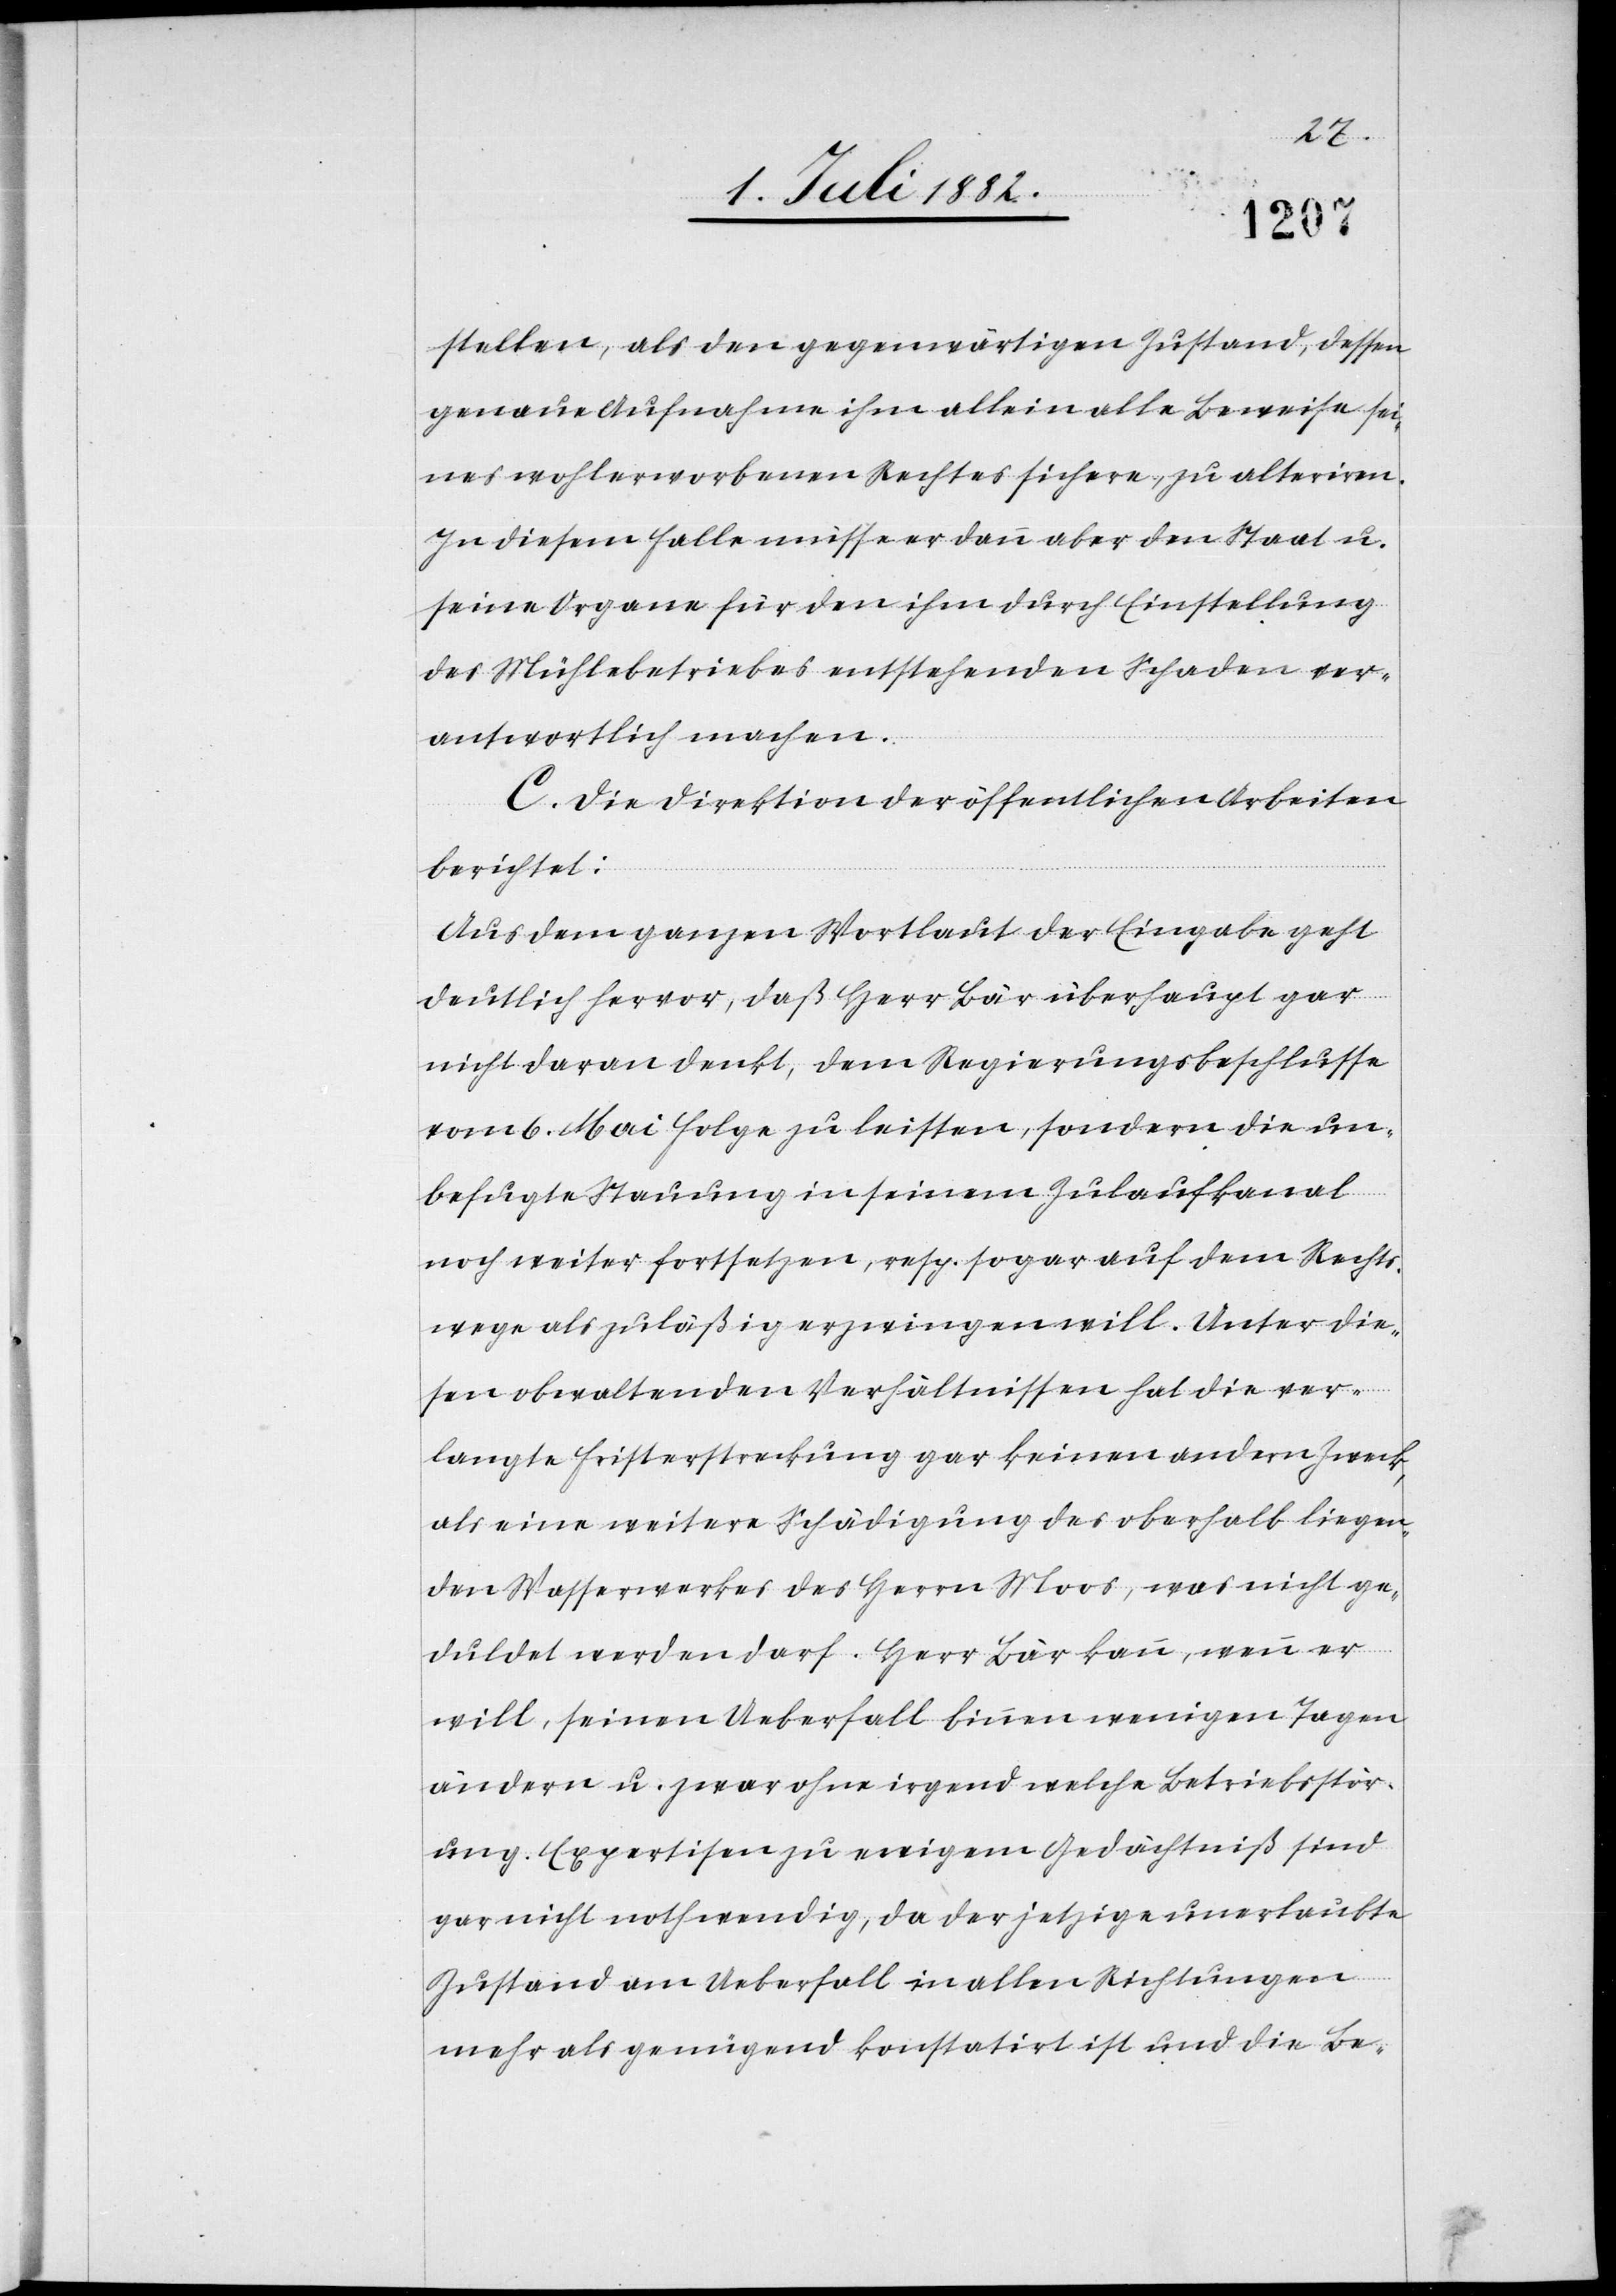
stellen, als den gegenwärtigen Zustand, dessen
genaue Aufnahme ihm allein alle Beweise sei¬
nes wohlerworbenen Rechtes sichere, zu alteriren.
In diesem Falle müsse er dann aber den Staat u.
seine Organe für den durch Einstellung
des Mühlebetriebes entstehenden Schaden ver¬
antwortlich machen.
C. Die Direktion der öffentlichen Arbeiten
berichtet:
Aus dem ganzen Wortlaut der Eingabe geht
deutlich hervor, daß Herr Bär überhaupt gar
nicht daran denkt, dem Regierungsbeschlusse
vom 6. Mai Folge zu leisten, sondern die un¬
befugte Stauung in seinem Zulaufkanal
noch weiter fortsetzen, resp. sogar auf dem Rechts¬
wege als zuläßig erzwingen will. Unter die¬
sen obwaltenden Verhältnissen hat die ver¬
langte Fristerstreckung gar keinen andern Zweck,
als eine weitere Schädigung des oberhalb liegen¬
den Wasserwerkes des Herrn Moos, was nicht ge¬
duldet werden darf. Herr Bär kann, wenn er
will, seinen Ueberfall binnen wenigen Tagen
ändern u. zwar ohne irgend welche Betriebsstör¬
ung. Expertisen zu ewigem Gedächtniß sind
gar nicht nothwendig, da der jetzige unerlaubte
Zustand am Ueberfall in allen Richtungen
mehr als genügend konstatirt und die Be-